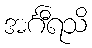
အင်္ဂီရသိ